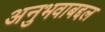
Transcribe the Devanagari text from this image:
अनुभवाबद्दल